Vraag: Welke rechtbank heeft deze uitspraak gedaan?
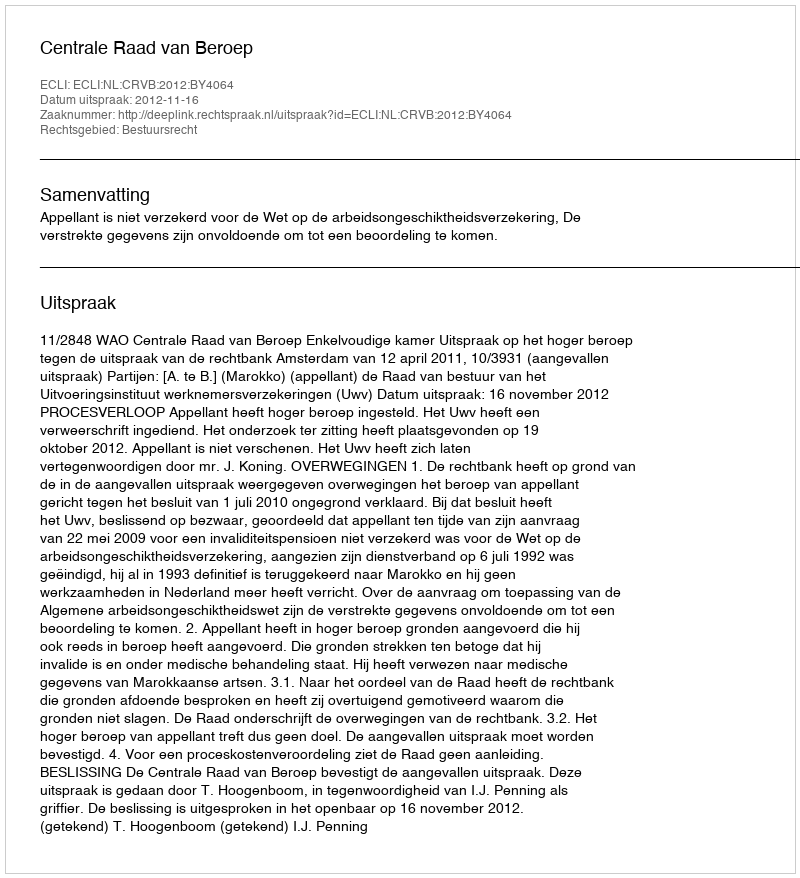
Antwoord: Centrale Raad van Beroep